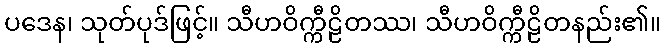
ပဒေန၊ သုတ်ပုဒ်ဖြင့်။ သီဟဝိက္ကီဠိတဿ၊ သီဟဝိက္ကီဠိတနည်း၏။